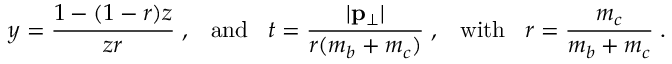
y = { \frac { 1 - ( 1 - r ) z } { z r } } \; , \; \; \; \mathrm { a n d } \; \; \; t = { \frac { | { \bf p } _ { \bot } | } { r ( m _ { b } + m _ { c } ) } } \; , \; \; \; \mathrm { w i t h } \; \; \; r = { \frac { m _ { c } } { m _ { b } + m _ { c } } } \; .